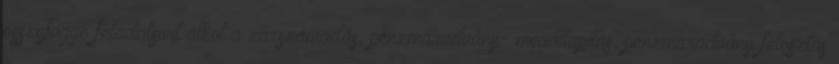
összefüggő feladatsort alkot a zárszámadás, pénzmaradvány- megállapítás, pénzmaradvány felosztás